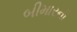
બીમારની